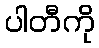
ပါတီကို